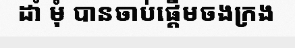
ដាំ មុំ បានចាប់ផ្តើមចងក្រង